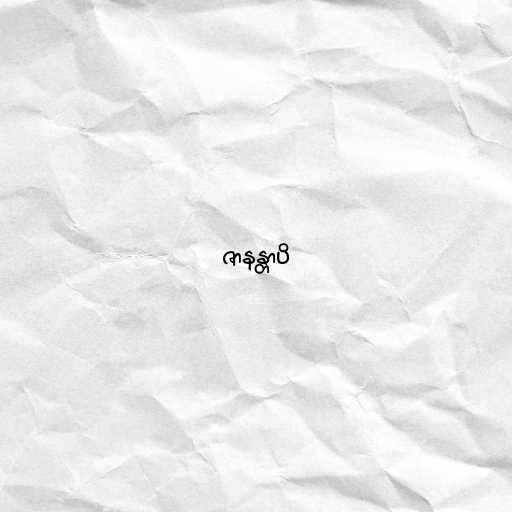
ဇာနန္တာပိ